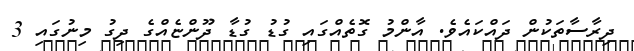
ދިރާސާތަކުން ދައްކައެވެ. އާންމު ގޮތެއްގައި ގުޑު ގުޑާ ދޫންޏެއްގެ ދިގު މިނުގައި 3